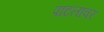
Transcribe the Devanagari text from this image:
पाटलावर